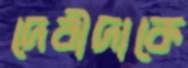
দেবীদাকে